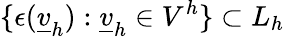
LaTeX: \{ \epsilon(\underline{{v}}_{h}):\underline{{v}}_{h}\in V^{h}\} \subset L_{h}